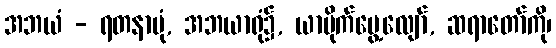
အဘယံ - ရတနာပုံ, အဘယာရုံ၌, ယာပိုက်မွေ့လျော်, ဆရာတော်ကို၊